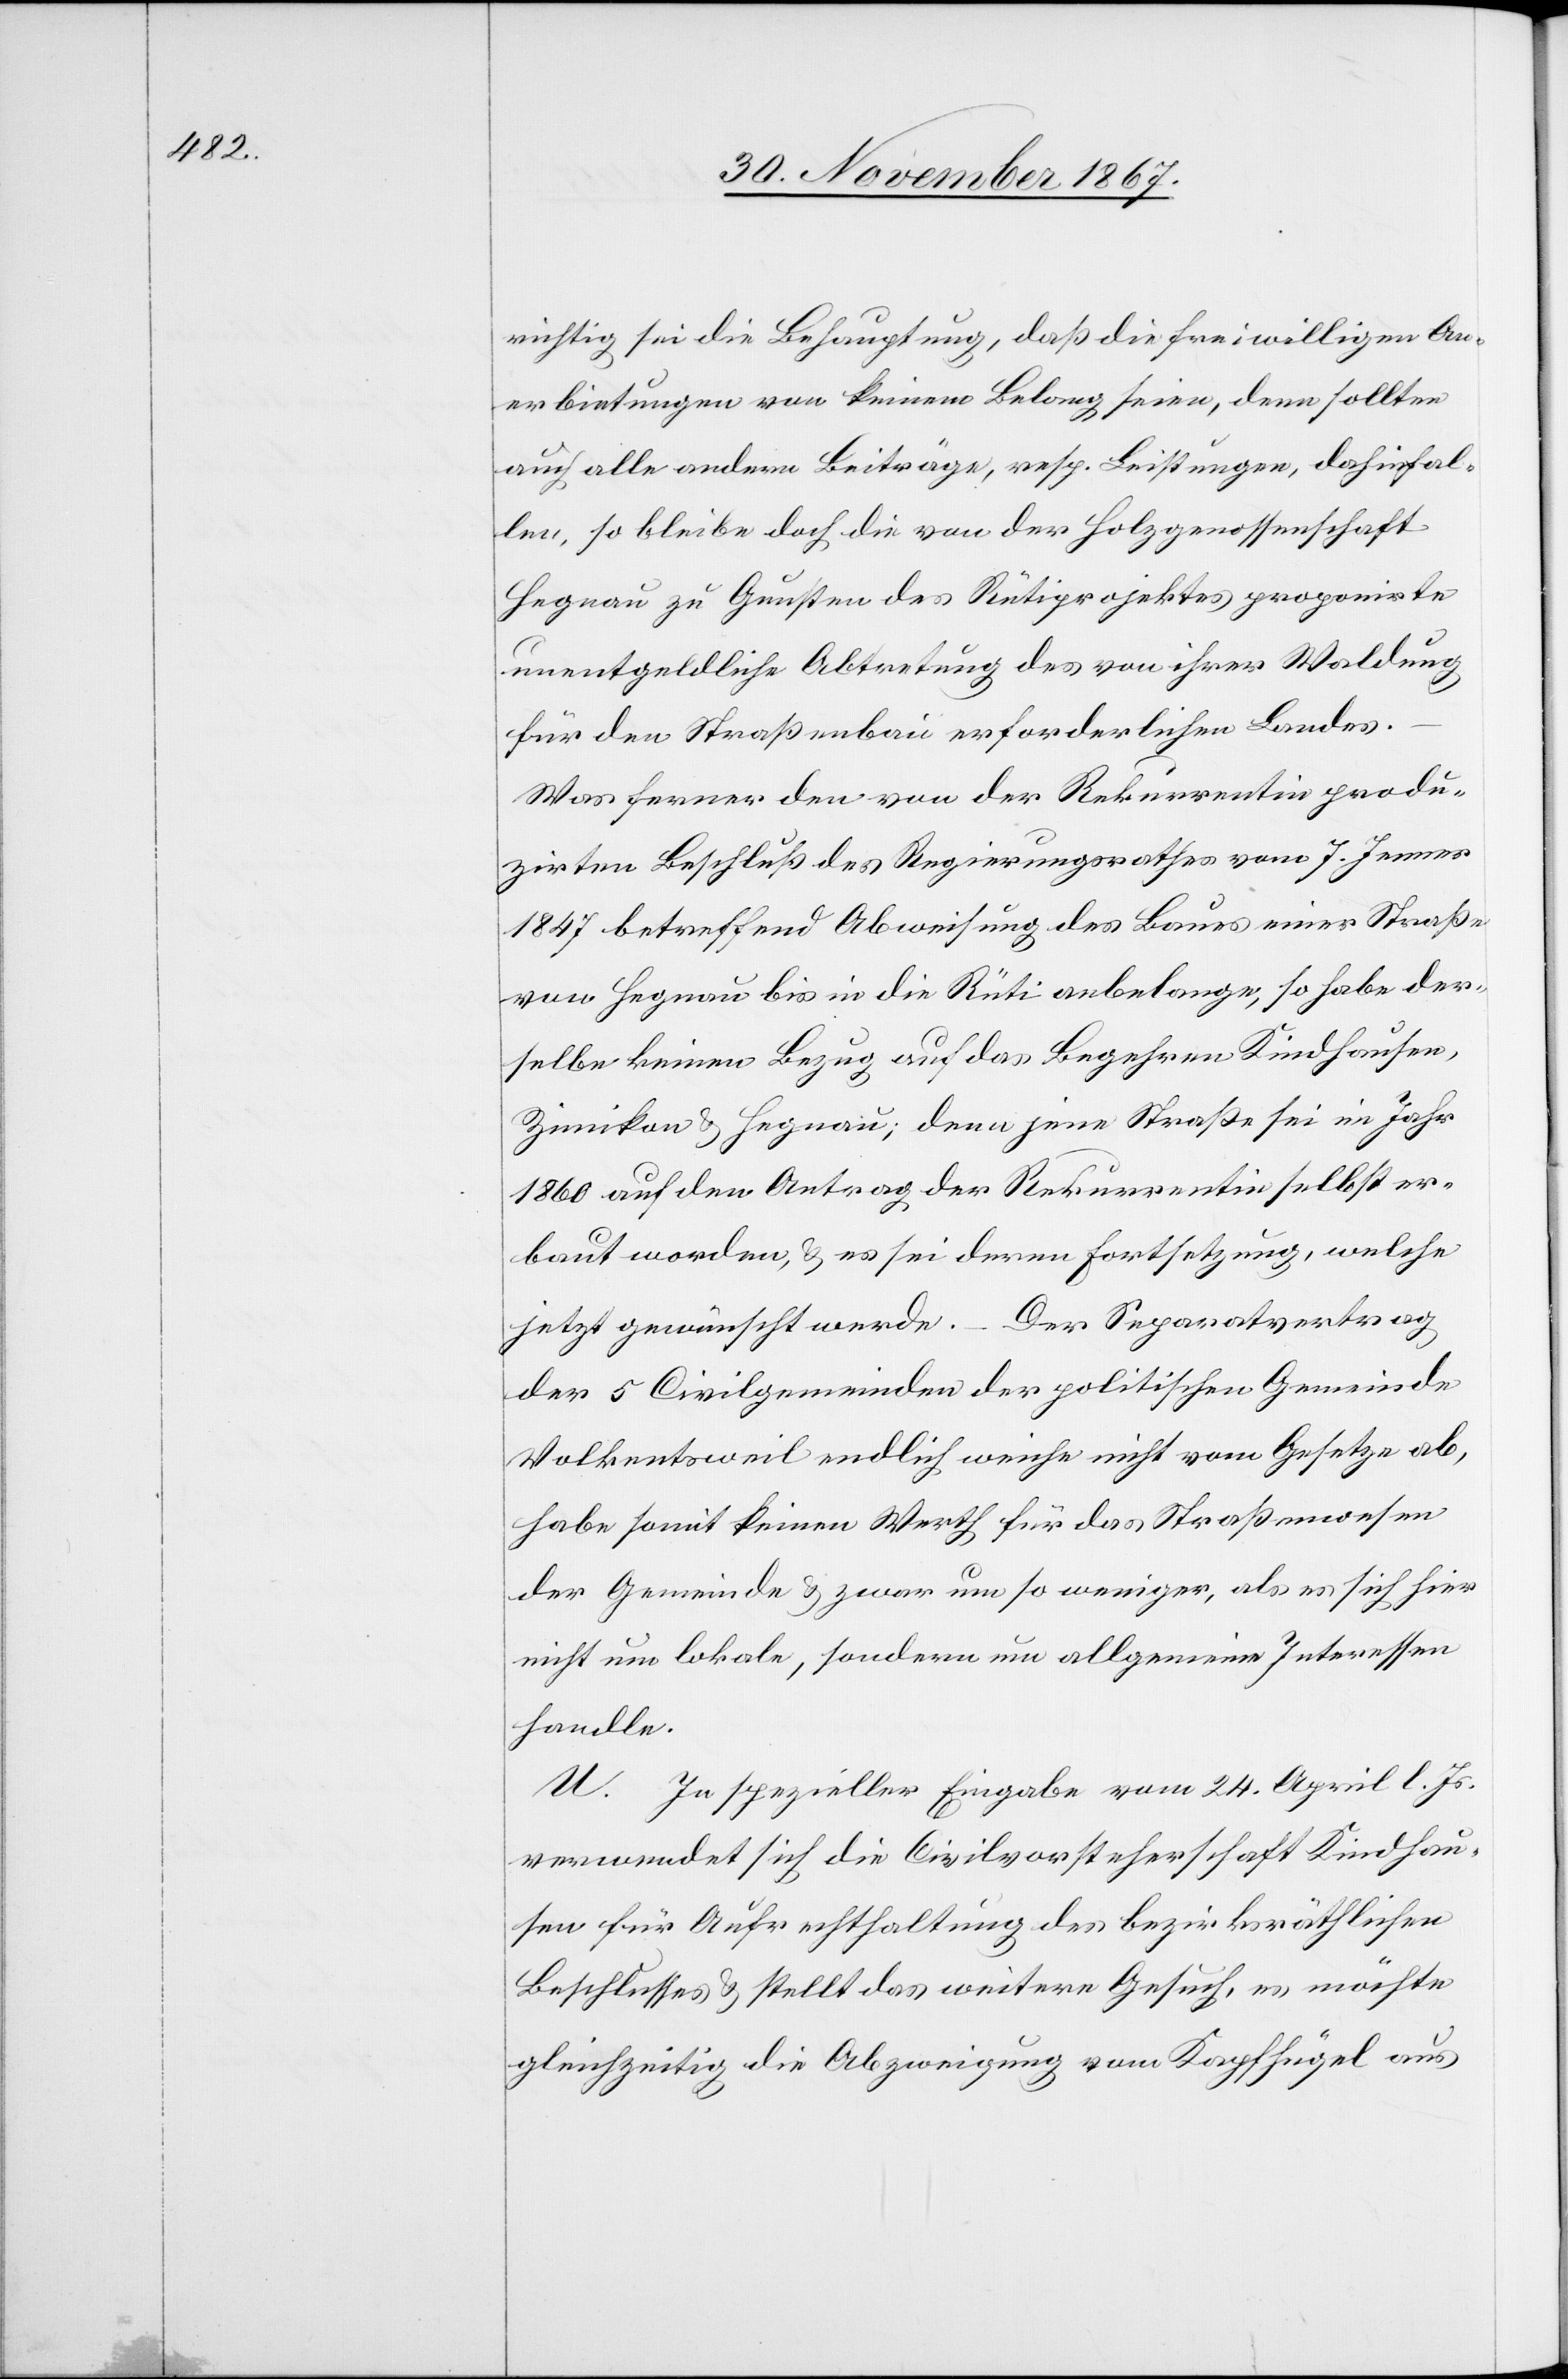
richtig sei die Behauptung, daß die freiwilligen An¬
erbietungen von keinem Belang seien, denn sollten
auch alle andern Beiträge, resp. Leistungen, dahinfal¬
len, so bleibe doch die von der Holzgenossenschaft
Hegnau zu Gunsten des Rütiprojektes proponirte
unentgeldliche Abtretung des von ihrer Waldung
für den Straßenbau erforderlichen Landes.
Was ferner den von der Rekurrentin produ¬
zirten Beschluß des Regierungsrathes vom 7. Jenner
1847 betreffend Abweisung des Baues einer Straße
von Hegnau bis in die Rüti anbelange, so habe der¬
selbe keinen Bezug auf das Begehren Kindhausen[s],
Zimikon[s] u. Hegnau[s]; denn jene Straße sei im Jahr
1860 auf den Antrag der Rekurrentin selbst er¬
baut worden, u. es sei deren Fortsetzung, welche
jetzt gewünscht werde. – Der Separatvertrag
der 5 Civilgemeinden der politischen Gemeinde
Volkentsweil endlich weiche nicht vom Gesetze ab,
habe somit keinen Werth für das Straßenwesen
der Gemeinde u. zwar um so weniger, als es sich hier
nicht um lokale, sondern um allgemeine Interessen
handle.
U. In spezieller Eingabe vom 24. April l. Js.
verwendet sich die Civilvorsteherschaft Kindhau¬
sen für Aufrechthaltung des bezirksräthlichen
Beschlusses u. stellt das weitere Gesuch, es möchte
gleichzeitig die Abzweigung vom Kopfhügel aus